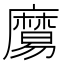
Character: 𪎧